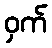
ဝှက်